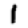
Digit: 1